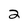
Character: 2